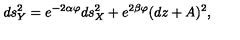
d s _ { Y } ^ { 2 } = e ^ { - 2 \alpha \varphi } d s _ { X } ^ { 2 } + e ^ { 2 \beta \varphi } ( d z + A ) ^ { 2 } ,